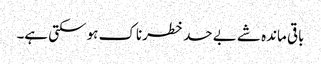
باقی ماندہ شے بے حد خطرناک ہو سکتی ہے۔